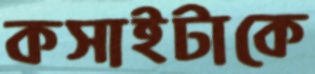
কসাইটাকে